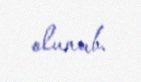
olunub.